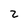
Character: 2